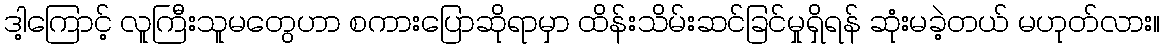
ဒါ့ကြောင့် လူကြီးသူမတွေဟာ စကားပြောဆိုရာမှာ ထိန်းသိမ်းဆင်ခြင်မှုရှိရန် ဆုံးမခဲ့တယ် မဟုတ်လား။